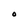
Character: O